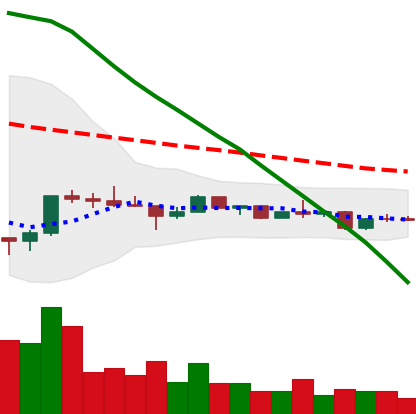
Ticker: ETC-USD
Chart end date: 2022-12-10
Forward return: -5.196%
Label: down_5_7